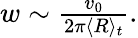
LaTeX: \begin{array}{r}{w\sim\frac{v_{0}}{2\pi\langle R\rangle_{t}}.}\end{array}